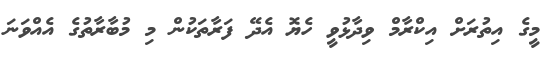
މީގެ އިތުރަށް އިކްރާމް ވިދާޅުވީ ހެޔޮ އެދޭ ފަރާތަކުން މި މުބާރާތުގެ އެއްވަނަ